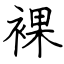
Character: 裸